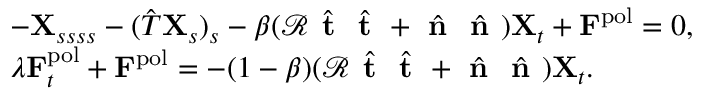
\begin{array} { r l } & { - \mathbf { X } _ { s s s s } - ( \hat { T } \mathbf { X } _ { s } ) _ { s } - \beta ( \mathcal { R } \hat { \textbf { t } } \hat { \textbf { t } } + \hat { \textbf { n } } \hat { \textbf { n } } ) { \bf { X } } _ { t } + \mathbf { F } ^ { \mathrm { p o l } } = 0 , } \\ & { \lambda \mathbf { F } _ { t } ^ { \mathrm { p o l } } + \mathbf { F } ^ { \mathrm { p o l } } = - ( 1 - \beta ) ( \mathcal { R } \hat { \textbf { t } } \hat { \textbf { t } } + \hat { \textbf { n } } \hat { \textbf { n } } ) { \bf { X } } _ { t } . } \end{array}